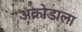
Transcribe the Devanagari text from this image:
अक्रोडाला